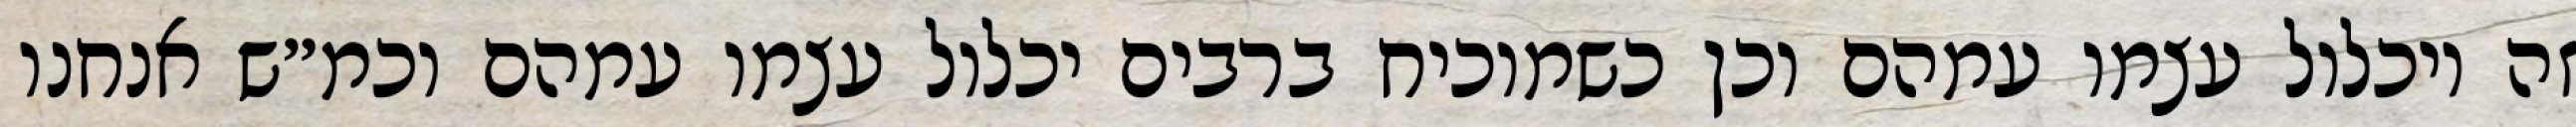
זה ויכלול עצמו עמהם וכן כשמוכיח ברבים יכלול עצמו עמהם וכמ״ש אנחנו